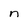
Character: n